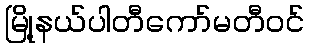
မြို့နယ်ပါတီကော်မတီဝင်